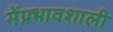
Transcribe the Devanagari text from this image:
मेंप्रभावशाली